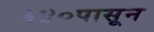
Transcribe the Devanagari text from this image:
१४०पासून